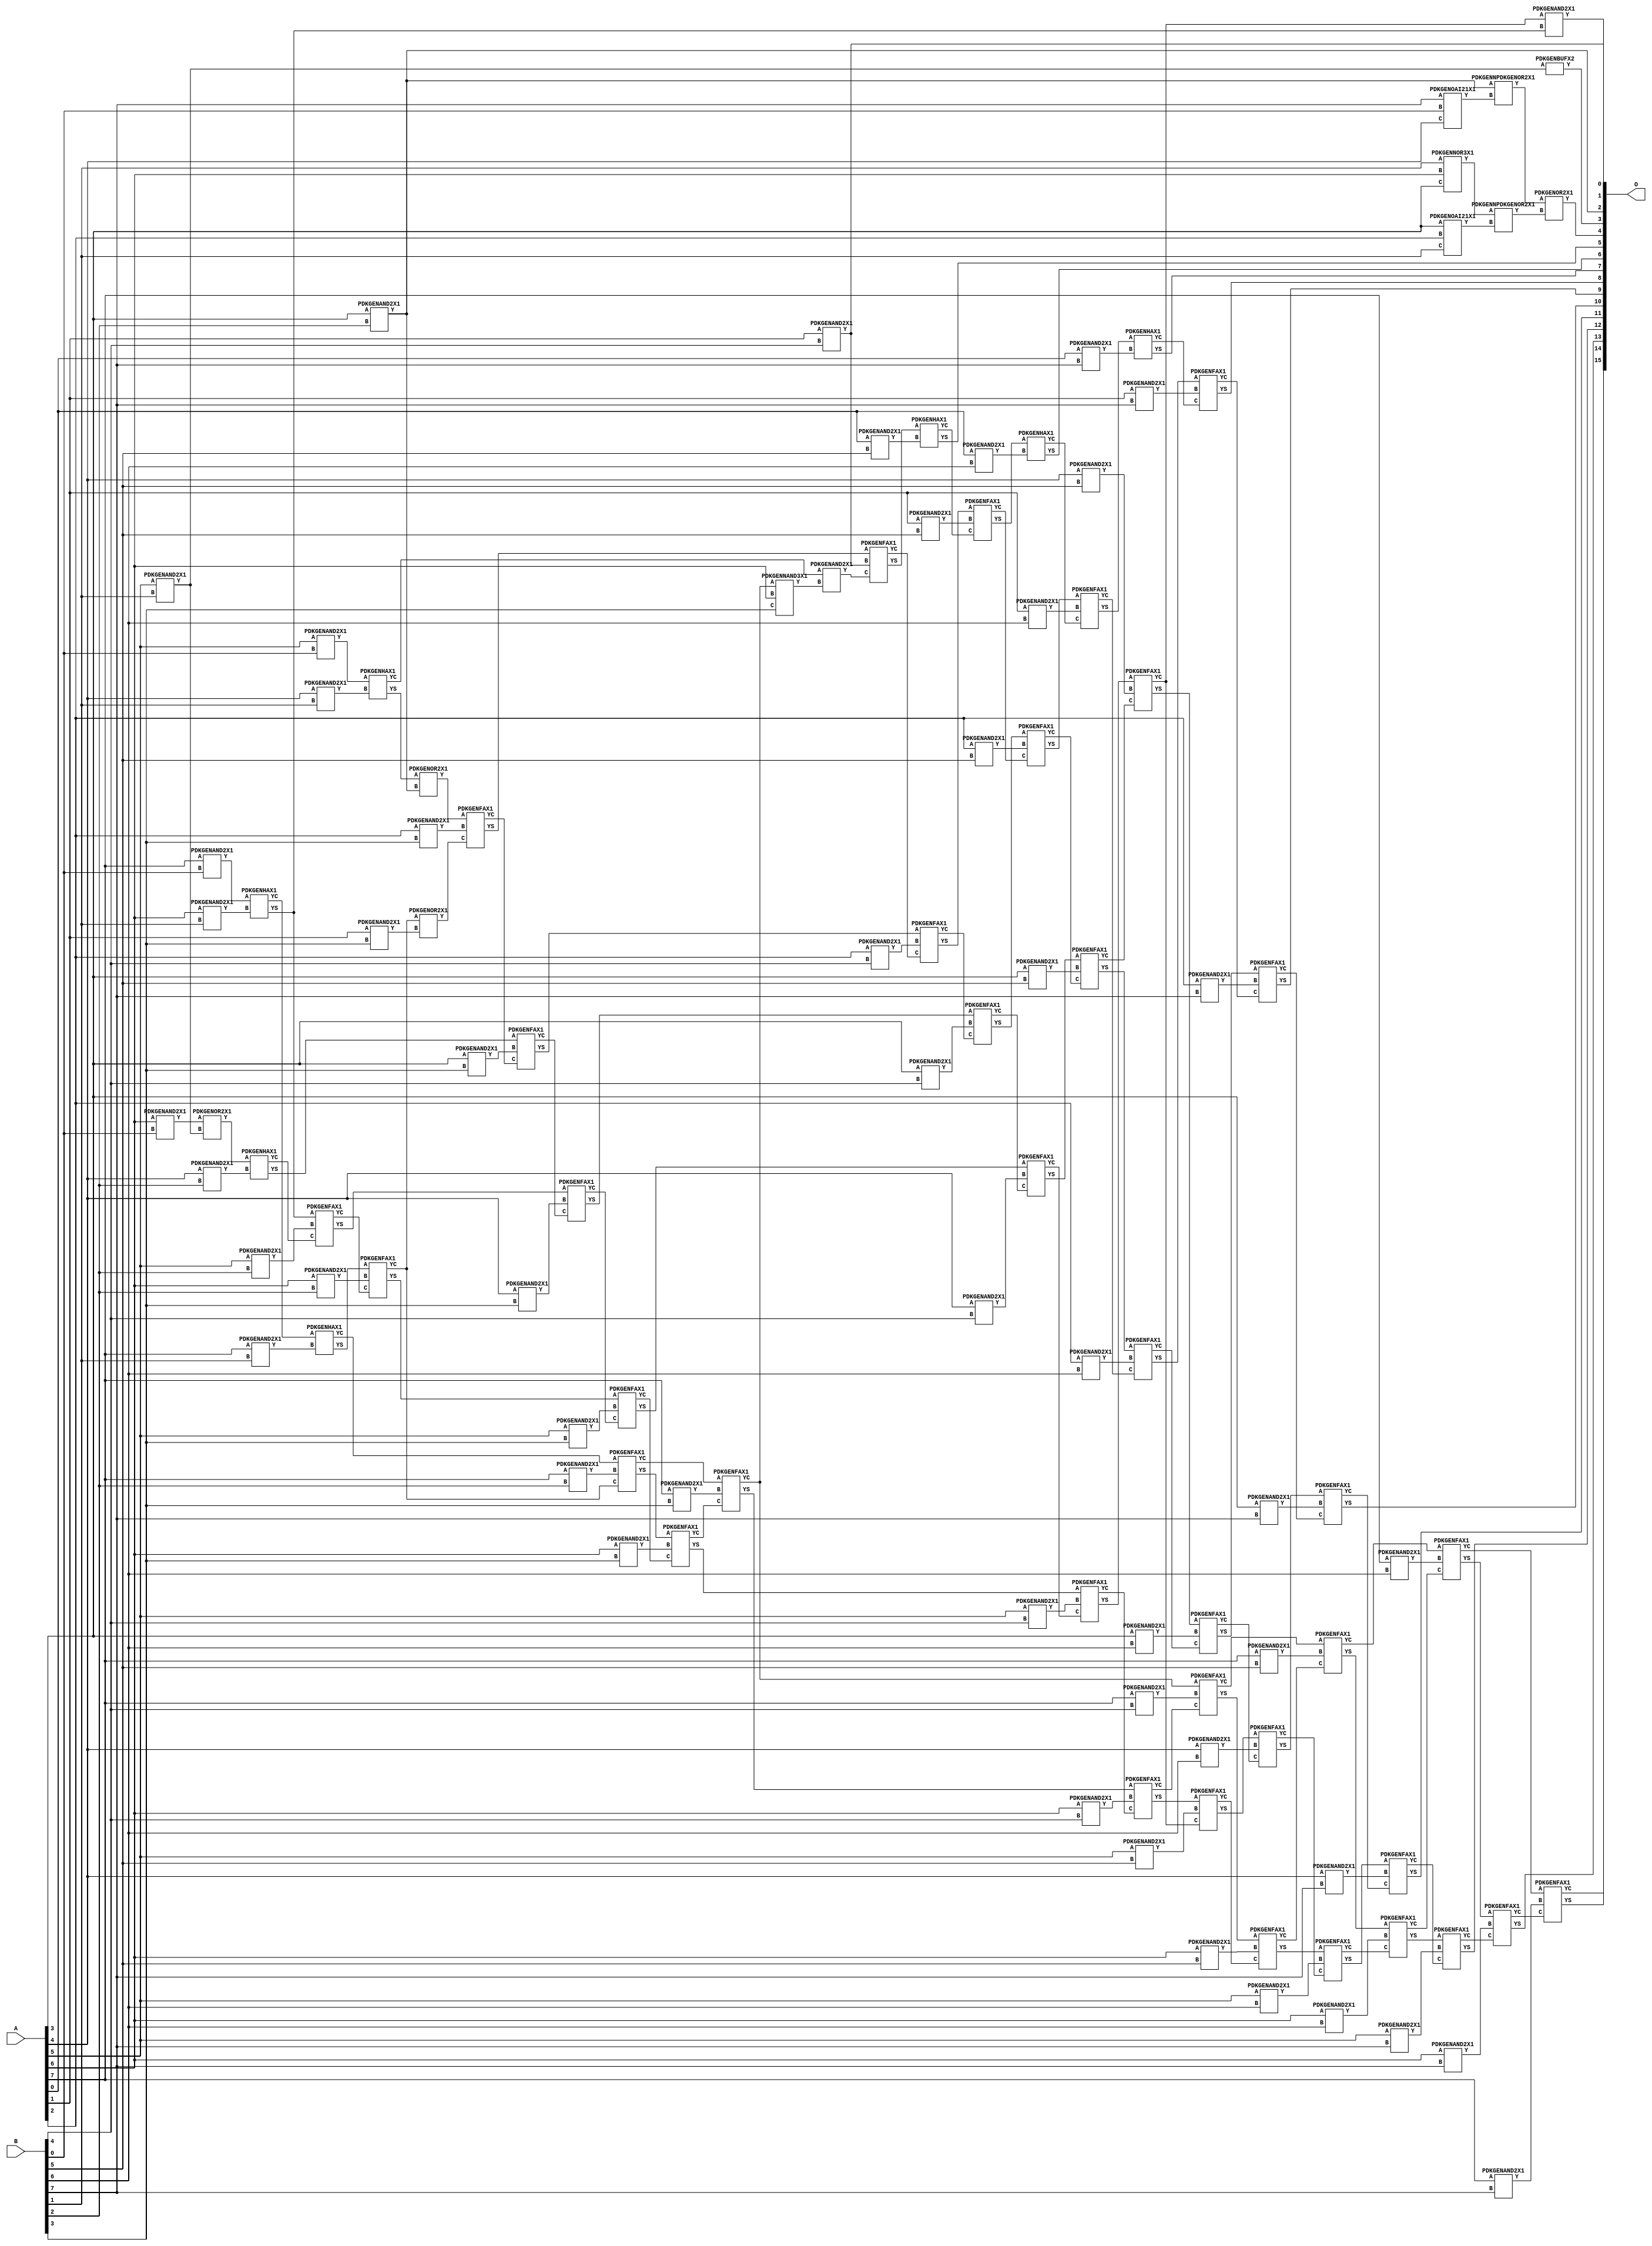
// Library = EvoApprox8b
// Circuit = mul8_262
// Area   (180) = 7010
// Delay  (180) = 5.860
// Power  (180) = 3780.70
// Area   (45) = 512
// Delay  (45) = 2.160
// Power  (45) = 328.90
// Nodes = 107
// HD = 192537
// MAE = 23.76135
// MSE = 1283.25873
// MRE = 0.83 %
// WCE = 195
// WCRE = 100 %
// EP = 90.6 %

module mul8_262(A, B, O);
  input [7:0] A;
  input [7:0] B;
  output [15:0] O;
  wire [2031:0] N;

  assign N[0] = A[0];
  assign N[1] = A[0];
  assign N[2] = A[1];
  assign N[3] = A[1];
  assign N[4] = A[2];
  assign N[5] = A[2];
  assign N[6] = A[3];
  assign N[7] = A[3];
  assign N[8] = A[4];
  assign N[9] = A[4];
  assign N[10] = A[5];
  assign N[11] = A[5];
  assign N[12] = A[6];
  assign N[13] = A[6];
  assign N[14] = A[7];
  assign N[15] = A[7];
  assign N[16] = B[0];
  assign N[17] = B[0];
  assign N[18] = B[1];
  assign N[19] = B[1];
  assign N[20] = B[2];
  assign N[21] = B[2];
  assign N[22] = B[3];
  assign N[23] = B[3];
  assign N[24] = B[4];
  assign N[25] = B[4];
  assign N[26] = B[5];
  assign N[27] = B[5];
  assign N[28] = B[6];
  assign N[29] = B[6];
  assign N[30] = B[7];
  assign N[31] = B[7];

  PDKGENNOR3X1 n32(.A(N[18]), .B(N[12]), .C(N[6]), .Y(N[32]));
  assign N[33] = N[32];
  PDKGENOAI21X1 n34(.A(N[6]), .B(N[4]), .C(N[18]), .Y(N[34]));
  PDKGENNPDKGENOR2X1 n38(.A(N[33]), .B(N[34]), .Y(N[38]));
  PDKGENOAI21X1 n46(.A(N[30]), .B(N[16]), .C(N[8]), .Y(N[46]));
  PDKGENAND2X1 n82(.A(N[6]), .B(N[20]), .Y(N[82]));
  assign N[83] = N[82];
  PDKGENNPDKGENOR2X1 n92(.A(N[82]), .B(N[46]), .Y(N[92]));
  assign N[93] = N[92];
  PDKGENAND2X1 n114(.A(N[10]), .B(N[16]), .Y(N[114]));
  PDKGENAND2X1 n132(.A(N[12]), .B(N[16]), .Y(N[132]));
  PDKGENAND2X1 n148(.A(N[14]), .B(N[16]), .Y(N[148]));
  PDKGENOR2X1 n220(.A(N[93]), .B(N[38]), .Y(N[220]));
  assign N[221] = N[220];
  PDKGENAND2X1 n232(.A(N[8]), .B(N[18]), .Y(N[232]));
  PDKGENAND2X1 n248(.A(N[10]), .B(N[18]), .Y(N[248]));
  assign N[249] = N[248];
  PDKGENAND2X1 n264(.A(N[12]), .B(N[18]), .Y(N[264]));
  PDKGENAND2X1 n282(.A(N[14]), .B(N[18]), .Y(N[282]));
  PDKGENHAX1 n364(.A(N[114]), .B(N[232]), .YS(N[364]), .YC(N[365]));
  PDKGENOR2X1 n382(.A(N[132]), .B(N[248]), .Y(N[382]));
  PDKGENHAX1 n398(.A(N[148]), .B(N[264]), .YS(N[398]), .YC(N[399]));
  PDKGENHAX1 n414(.A(N[399]), .B(N[282]), .YS(N[414]), .YC(N[415]));
  PDKGENAND2X1 n498(.A(N[8]), .B(N[20]), .Y(N[498]));
  PDKGENAND2X1 n514(.A(N[10]), .B(N[20]), .Y(N[514]));
  PDKGENAND2X1 n532(.A(N[12]), .B(N[20]), .Y(N[532]));
  PDKGENAND2X1 n548(.A(N[14]), .B(N[20]), .Y(N[548]));
  PDKGENOR2X1 n614(.A(N[364]), .B(N[82]), .Y(N[614]));
  PDKGENHAX1 n632(.A(N[382]), .B(N[498]), .YS(N[632]), .YC(N[633]));
  PDKGENFAX1 n648(.A(N[398]), .B(N[514]), .C(N[633]), .YS(N[648]), .YC(N[649]));
  PDKGENFAX1 n664(.A(N[414]), .B(N[532]), .C(N[649]), .YS(N[664]), .YC(N[665]));
  PDKGENFAX1 n682(.A(N[415]), .B(N[548]), .C(N[665]), .YS(N[682]), .YC(N[683]));
  PDKGENAND2X1 n714(.A(N[2]), .B(N[22]), .Y(N[714]));
  PDKGENAND2X1 n732(.A(N[4]), .B(N[22]), .Y(N[732]));
  PDKGENAND2X1 n748(.A(N[6]), .B(N[22]), .Y(N[748]));
  PDKGENAND2X1 n764(.A(N[8]), .B(N[22]), .Y(N[764]));
  PDKGENAND2X1 n782(.A(N[10]), .B(N[22]), .Y(N[782]));
  PDKGENAND2X1 n798(.A(N[12]), .B(N[22]), .Y(N[798]));
  PDKGENAND2X1 n814(.A(N[14]), .B(N[22]), .Y(N[814]));
  PDKGENBUFX2 n832(.A(N[249]), .Y(N[832]));
  PDKGENOR2X1 n848(.A(N[665]), .B(N[714]), .Y(N[848]));
  assign N[849] = N[848];
  PDKGENFAX1 n864(.A(N[614]), .B(N[732]), .C(N[849]), .YS(N[864]), .YC(N[865]));
  PDKGENFAX1 n882(.A(N[632]), .B(N[748]), .C(N[865]), .YS(N[882]), .YC(N[883]));
  PDKGENFAX1 n898(.A(N[648]), .B(N[764]), .C(N[883]), .YS(N[898]), .YC(N[899]));
  PDKGENFAX1 n914(.A(N[664]), .B(N[782]), .C(N[899]), .YS(N[914]), .YC(N[915]));
  PDKGENFAX1 n932(.A(N[682]), .B(N[798]), .C(N[915]), .YS(N[932]), .YC(N[933]));
  PDKGENFAX1 n948(.A(N[683]), .B(N[814]), .C(N[933]), .YS(N[948]), .YC(N[949]));
  PDKGENNAND3X1 n964(.A(N[949]), .B(N[12]), .C(N[22]), .Y(N[964]));
  PDKGENAND2X1 n982(.A(N[2]), .B(N[24]), .Y(N[982]));
  PDKGENAND2X1 n998(.A(N[4]), .B(N[24]), .Y(N[998]));
  PDKGENAND2X1 n1014(.A(N[6]), .B(N[24]), .Y(N[1014]));
  PDKGENAND2X1 n1032(.A(N[8]), .B(N[24]), .Y(N[1032]));
  PDKGENAND2X1 n1048(.A(N[10]), .B(N[24]), .Y(N[1048]));
  PDKGENAND2X1 n1064(.A(N[12]), .B(N[24]), .Y(N[1064]));
  PDKGENAND2X1 n1082(.A(N[14]), .B(N[24]), .Y(N[1082]));
  PDKGENAND2X1 n1098(.A(N[365]), .B(N[964]), .Y(N[1098]));
  assign N[1099] = N[1098];
  PDKGENFAX1 n1114(.A(N[864]), .B(N[982]), .C(N[1099]), .YS(N[1114]), .YC(N[1115]));
  PDKGENFAX1 n1132(.A(N[882]), .B(N[998]), .C(N[1115]), .YS(N[1132]), .YC(N[1133]));
  PDKGENFAX1 n1148(.A(N[898]), .B(N[1014]), .C(N[1133]), .YS(N[1148]), .YC(N[1149]));
  PDKGENFAX1 n1164(.A(N[914]), .B(N[1032]), .C(N[1149]), .YS(N[1164]), .YC(N[1165]));
  PDKGENFAX1 n1182(.A(N[932]), .B(N[1048]), .C(N[1165]), .YS(N[1182]), .YC(N[1183]));
  PDKGENFAX1 n1198(.A(N[948]), .B(N[1064]), .C(N[1183]), .YS(N[1198]), .YC(N[1199]));
  PDKGENFAX1 n1214(.A(N[949]), .B(N[1082]), .C(N[1199]), .YS(N[1214]), .YC(N[1215]));
  PDKGENAND2X1 n1232(.A(N[0]), .B(N[26]), .Y(N[1232]));
  PDKGENAND2X1 n1248(.A(N[2]), .B(N[26]), .Y(N[1248]));
  PDKGENAND2X1 n1264(.A(N[4]), .B(N[26]), .Y(N[1264]));
  PDKGENAND2X1 n1282(.A(N[6]), .B(N[26]), .Y(N[1282]));
  PDKGENAND2X1 n1298(.A(N[8]), .B(N[26]), .Y(N[1298]));
  PDKGENAND2X1 n1314(.A(N[10]), .B(N[26]), .Y(N[1314]));
  PDKGENAND2X1 n1332(.A(N[12]), .B(N[26]), .Y(N[1332]));
  PDKGENAND2X1 n1348(.A(N[14]), .B(N[26]), .Y(N[1348]));
  PDKGENHAX1 n1364(.A(N[1114]), .B(N[1232]), .YS(N[1364]), .YC(N[1365]));
  PDKGENFAX1 n1382(.A(N[1132]), .B(N[1248]), .C(N[1365]), .YS(N[1382]), .YC(N[1383]));
  PDKGENFAX1 n1398(.A(N[1148]), .B(N[1264]), .C(N[1383]), .YS(N[1398]), .YC(N[1399]));
  PDKGENFAX1 n1414(.A(N[1164]), .B(N[1282]), .C(N[1399]), .YS(N[1414]), .YC(N[1415]));
  PDKGENFAX1 n1432(.A(N[1182]), .B(N[1298]), .C(N[1415]), .YS(N[1432]), .YC(N[1433]));
  PDKGENFAX1 n1448(.A(N[1198]), .B(N[1314]), .C(N[1433]), .YS(N[1448]), .YC(N[1449]));
  PDKGENFAX1 n1464(.A(N[1214]), .B(N[1332]), .C(N[1449]), .YS(N[1464]), .YC(N[1465]));
  PDKGENFAX1 n1482(.A(N[1215]), .B(N[1348]), .C(N[1465]), .YS(N[1482]), .YC(N[1483]));
  PDKGENAND2X1 n1498(.A(N[0]), .B(N[28]), .Y(N[1498]));
  PDKGENAND2X1 n1514(.A(N[2]), .B(N[28]), .Y(N[1514]));
  PDKGENAND2X1 n1532(.A(N[4]), .B(N[28]), .Y(N[1532]));
  PDKGENAND2X1 n1548(.A(N[6]), .B(N[28]), .Y(N[1548]));
  PDKGENAND2X1 n1564(.A(N[8]), .B(N[28]), .Y(N[1564]));
  PDKGENAND2X1 n1582(.A(N[10]), .B(N[28]), .Y(N[1582]));
  PDKGENAND2X1 n1598(.A(N[12]), .B(N[28]), .Y(N[1598]));
  PDKGENAND2X1 n1614(.A(N[14]), .B(N[28]), .Y(N[1614]));
  PDKGENHAX1 n1632(.A(N[1382]), .B(N[1498]), .YS(N[1632]), .YC(N[1633]));
  PDKGENFAX1 n1648(.A(N[1398]), .B(N[1514]), .C(N[1633]), .YS(N[1648]), .YC(N[1649]));
  PDKGENFAX1 n1664(.A(N[1414]), .B(N[1532]), .C(N[1649]), .YS(N[1664]), .YC(N[1665]));
  PDKGENFAX1 n1682(.A(N[1432]), .B(N[1548]), .C(N[1665]), .YS(N[1682]), .YC(N[1683]));
  PDKGENFAX1 n1698(.A(N[1448]), .B(N[1564]), .C(N[1683]), .YS(N[1698]), .YC(N[1699]));
  PDKGENFAX1 n1714(.A(N[1464]), .B(N[1582]), .C(N[1699]), .YS(N[1714]), .YC(N[1715]));
  PDKGENAND2X1 n1720(.A(N[1433]), .B(N[398]), .Y(N[1720]));
  assign N[1721] = N[1720];
  PDKGENFAX1 n1732(.A(N[1482]), .B(N[1598]), .C(N[1715]), .YS(N[1732]), .YC(N[1733]));
  PDKGENFAX1 n1748(.A(N[1483]), .B(N[1614]), .C(N[1733]), .YS(N[1748]), .YC(N[1749]));
  PDKGENAND2X1 n1764(.A(N[0]), .B(N[30]), .Y(N[1764]));
  PDKGENAND2X1 n1782(.A(N[2]), .B(N[30]), .Y(N[1782]));
  PDKGENAND2X1 n1798(.A(N[4]), .B(N[30]), .Y(N[1798]));
  PDKGENAND2X1 n1814(.A(N[6]), .B(N[30]), .Y(N[1814]));
  PDKGENAND2X1 n1832(.A(N[8]), .B(N[30]), .Y(N[1832]));
  PDKGENAND2X1 n1848(.A(N[10]), .B(N[30]), .Y(N[1848]));
  PDKGENAND2X1 n1864(.A(N[12]), .B(N[30]), .Y(N[1864]));
  PDKGENAND2X1 n1882(.A(N[14]), .B(N[30]), .Y(N[1882]));
  PDKGENHAX1 n1898(.A(N[1648]), .B(N[1764]), .YS(N[1898]), .YC(N[1899]));
  PDKGENFAX1 n1914(.A(N[1664]), .B(N[1782]), .C(N[1899]), .YS(N[1914]), .YC(N[1915]));
  PDKGENFAX1 n1932(.A(N[1682]), .B(N[1798]), .C(N[1915]), .YS(N[1932]), .YC(N[1933]));
  PDKGENFAX1 n1948(.A(N[1698]), .B(N[1814]), .C(N[1933]), .YS(N[1948]), .YC(N[1949]));
  PDKGENFAX1 n1964(.A(N[1714]), .B(N[1832]), .C(N[1949]), .YS(N[1964]), .YC(N[1965]));
  PDKGENFAX1 n1982(.A(N[1732]), .B(N[1848]), .C(N[1965]), .YS(N[1982]), .YC(N[1983]));
  PDKGENFAX1 n1998(.A(N[1748]), .B(N[1864]), .C(N[1983]), .YS(N[1998]), .YC(N[1999]));
  PDKGENFAX1 n2014(.A(N[1749]), .B(N[1882]), .C(N[1999]), .YS(N[2014]), .YC(N[2015]));

  assign O[0] = N[1721];
  assign O[1] = N[982];
  assign O[2] = N[83];
  assign O[3] = N[832];
  assign O[4] = N[221];
  assign O[5] = N[1364];
  assign O[6] = N[1632];
  assign O[7] = N[1898];
  assign O[8] = N[1914];
  assign O[9] = N[1932];
  assign O[10] = N[1948];
  assign O[11] = N[1964];
  assign O[12] = N[1982];
  assign O[13] = N[1998];
  assign O[14] = N[2014];
  assign O[15] = N[2015];

endmodule
/* mod */
module PDKGENOAI21X1( input A, input B, input C, output Y );
    assign Y = ~((A | B) & C);
endmodule
/* mod */
module PDKGENNAND3X1(input A, input B, input C, output Y );
     assign Y = ~((A & B) & C);
endmodule
/* mod */
module PDKGENHAX1( input A, input B, output YS, output YC );
    assign YS = A ^ B;
    assign YC = A & B;
endmodule
/* mod */
module PDKGENNOR3X1(input A, input B, input C, output Y );
     assign Y = ~((A | B) | C);
endmodule
/* mod */
module PDKGENAND2X1(input A, input B, output Y );
     assign Y = A & B;
endmodule
/* mod */
module PDKGENNPDKGENOR2X1(input A, input B, output Y );
     assign Y = ~(A | B);
endmodule
/* mod */
module PDKGENFAX1( input A, input B, input C, output YS, output YC );
    assign YS = (A ^ B) ^ C;
    assign YC = (A & B) | (B & C) | (A & C);
endmodule
/* mod */
module PDKGENBUFX2(input A, output Y );
     assign Y = A;
endmodule
/* mod */
module PDKGENOR2X1(input A, input B, output Y );
     assign Y = A | B;
endmodule